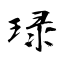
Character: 琭